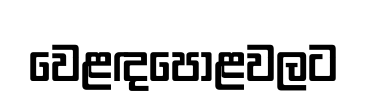
වෙළඳපොළවලට